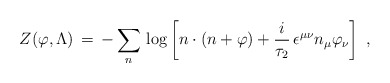
\begin{align*}Z (\varphi , \Lambda) \, = \, - \sum_n \, \log \left[n \cdot (n+ \varphi)+ \frac{i}{\tau_2} \, \epsilon^{\mu \nu} n_{\mu} \varphi_{\nu} \right]\;,\end{align*}